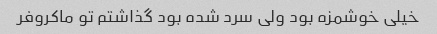
خیلی خوشمزه بود ولی سرد شده بود گذاشتم تو ماکروفر